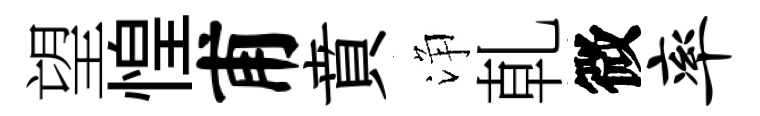
望惶甫賁浄乹微率